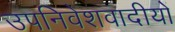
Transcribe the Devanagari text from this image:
उपनिवेशवादीयों